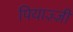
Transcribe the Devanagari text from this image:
पियाज़्ज़ी